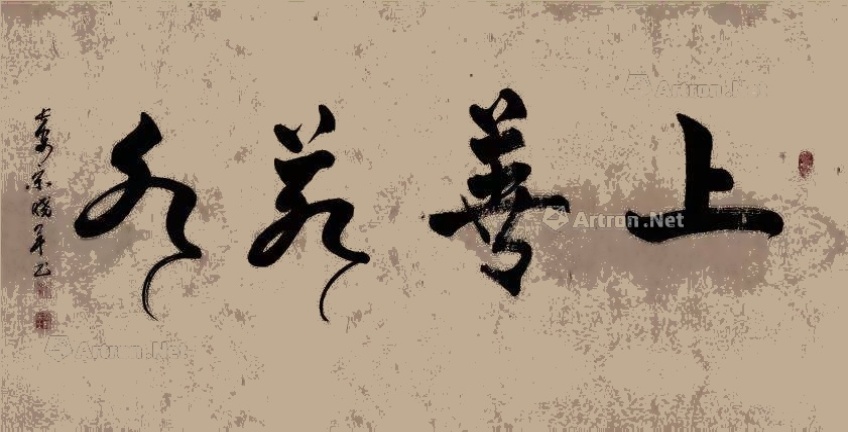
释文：上善若水宋晓军2022年作